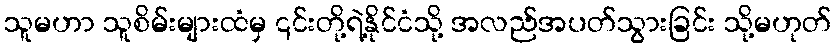
သူမဟာ သူစိမ်းများထံမှ ၎င်းတို့ရဲ့နိုင်ငံသို့ အလည်အပတ်သွားခြင်း သို့မဟုတ်